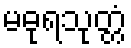
မဓုရသုတ္တံ